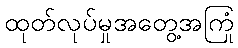
ထုတ်လုပ်မှုအတွေ့အကြုံ